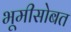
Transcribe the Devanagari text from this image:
भूमीसोबत